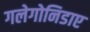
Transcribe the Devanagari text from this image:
गलेगोनिडाए